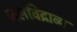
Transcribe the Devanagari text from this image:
जलविद्राव्य